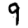
Digit: 9